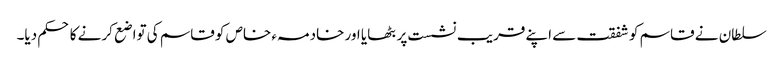
سلطان نے قاسم کو شفقت سے اپنے قریب نشست پر بٹھایا اور خادمہء خاص کو قاسم کی تواضع کرنے کا حکم دیا۔